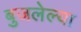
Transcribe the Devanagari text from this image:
बुजलेल्या